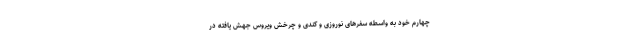
چهارم خود به واسطه سفرهای نوروزی و کندی و چرخش ویروس جهش یافته در